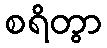
စရိတွာ